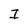
Character: I